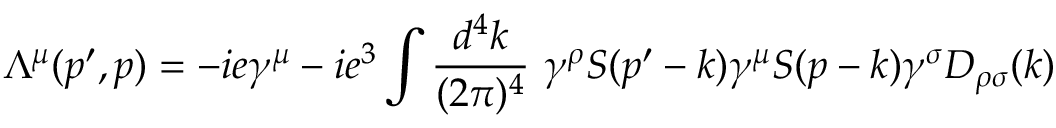
\Lambda ^ { \mu } ( p ^ { \prime } , p ) = - i e \gamma ^ { \mu } - i e ^ { 3 } \int { \frac { d ^ { 4 } k } { ( 2 \pi ) ^ { 4 } } } \ \gamma ^ { \rho } S ( p ^ { \prime } - k ) \gamma ^ { \mu } S ( p - k ) \gamma ^ { \sigma } D _ { \rho \sigma } ( k )